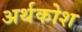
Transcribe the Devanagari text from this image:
अर्थकोश